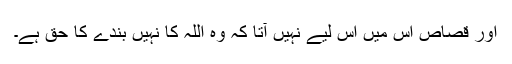
اور قصاص اس میں اس لیے نہیں آتا کہ وہ اللہ کا نہیں بندے کا حق ہے۔